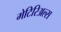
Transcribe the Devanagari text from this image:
मेटिरिअल्स